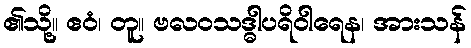
၏သို့။ ဧဝံ၊ တူ။ ဗလဝသဒ္ဓါပရိဝါရေန၊ အားသန်